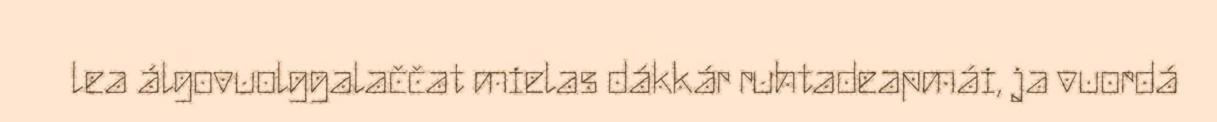
lea álgovuolggalaččat mielas dákkár ruhtadeapmái, ja vuordá